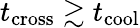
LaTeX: t_{\mathrm{cross}}\gtrsim t_{\mathrm{cool}}